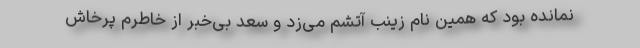
نمانده بود که همین نام زینب آتشم می‌زد و سعد بی‌خبر از خاطرم پرخاش